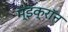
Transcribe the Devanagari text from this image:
म्इक्रॉन